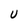
Character: U